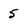
Character: 5